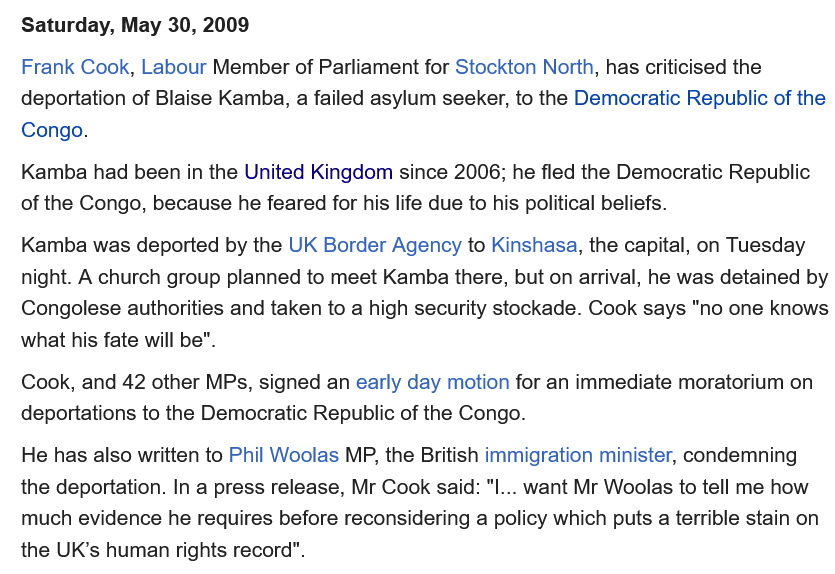
He has also written to Phil Woolas MP, the British immigration minister, condemning
  the deportation. In a press release, Mr Cook said: "I... want Mr Woolas to tell me how
   much evidence he requires before reconsidering a policy which puts
  a
     terrible stain on
  the UK’s human rights record".
   Cook, and 42 other MPs, signed an early day motion for an immediate moratorium on
   deportations to the Democratic Republic of the Congo.
   Kamba was deported by the UK Border Agency to Kinshasa, the capital, on Tuesday
   night. A church group planned to meet Kamba there, but on arrival, he was detained by
   Congolese authorities and taken to a high security stockade. Cook says "no one knows
  what his fate will be".
   Kamba had been in the United Kingdom since 2006; he fled the Democratic Republic
   of the Congo, because he feared for his life due to his political beliefs.
   Frank Cook, Labour Member of Parliament for Stockton North, has criticised the
   deportation of Blaise Kamba, a failed asylum seeker, to the Democratic Republic of the
   Congo.
   Saturday, May 30, 2009